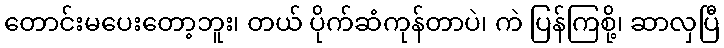
တောင်းမပေးတော့ဘူး၊ တယ် ပိုက်ဆံကုန်တာပဲ၊ ကဲ ပြန်ကြစို့၊ ဆာလှပြီ